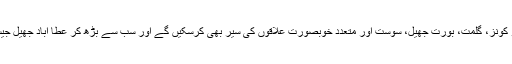
اس سفر کے دوران آپ ہنزہ، پسو کونز، گلمت، بورت جھیل، سوست اور متعدد خوبصورت علاقوں کی سیر بھی کرسکیں گے اور سب سے بڑھ کر عطا آباد جھیل جیسے عجوبے کو دیکھ سکیں گے۔